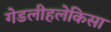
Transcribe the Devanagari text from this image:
गेडलीहलेकिसा